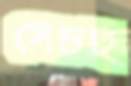
সেচছ